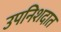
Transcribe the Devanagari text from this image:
उपनिशदात